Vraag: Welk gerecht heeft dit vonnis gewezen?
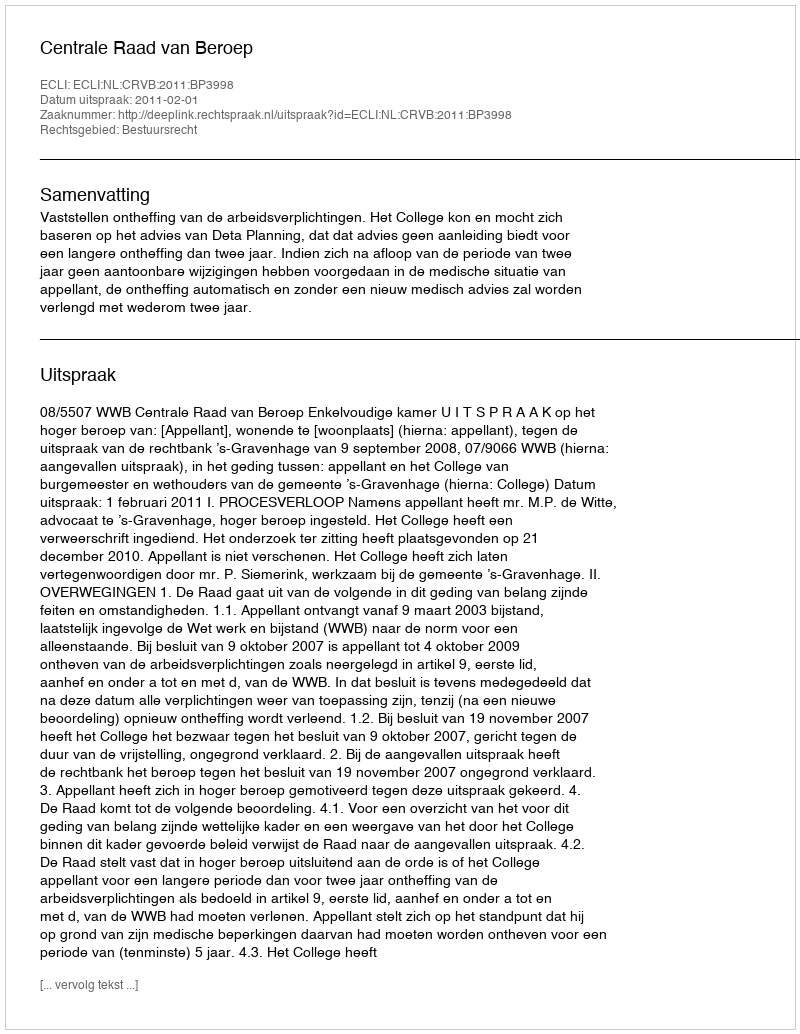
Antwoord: Centrale Raad van Beroep